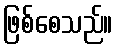
ဖြစ်စေသည်။